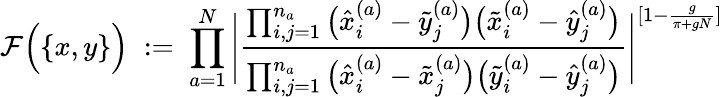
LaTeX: {\cal F}\Big(\{ x,y\} \Big)\; :=\; \prod_{a=1}^{N}\Bigg|\frac{\prod_{i,j=1}^{n_{a}}\big(\hat{x}_{i}^{(a)}-\tilde{y}_{j}^{(a)}\big)\big(\tilde{x}_{i}^{(a)}-\hat{y}_{j}^{(a)}\big)}{\prod_{i,j=1}^{n_{a}}\big(\hat{x}_{i}^{(a)}-\tilde{x}_{j}^{(a)}\big)\big(\tilde{y}_{i}^{(a)}-\hat{y}_{j}^{(a)}\big)}\Bigg|^{[1-\frac{g}{\pi+gN}]}